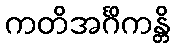
ကတိအင်္ဂိကန္တိ